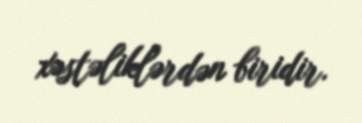
xəstəliklərdən biridir.